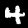
Label: 4